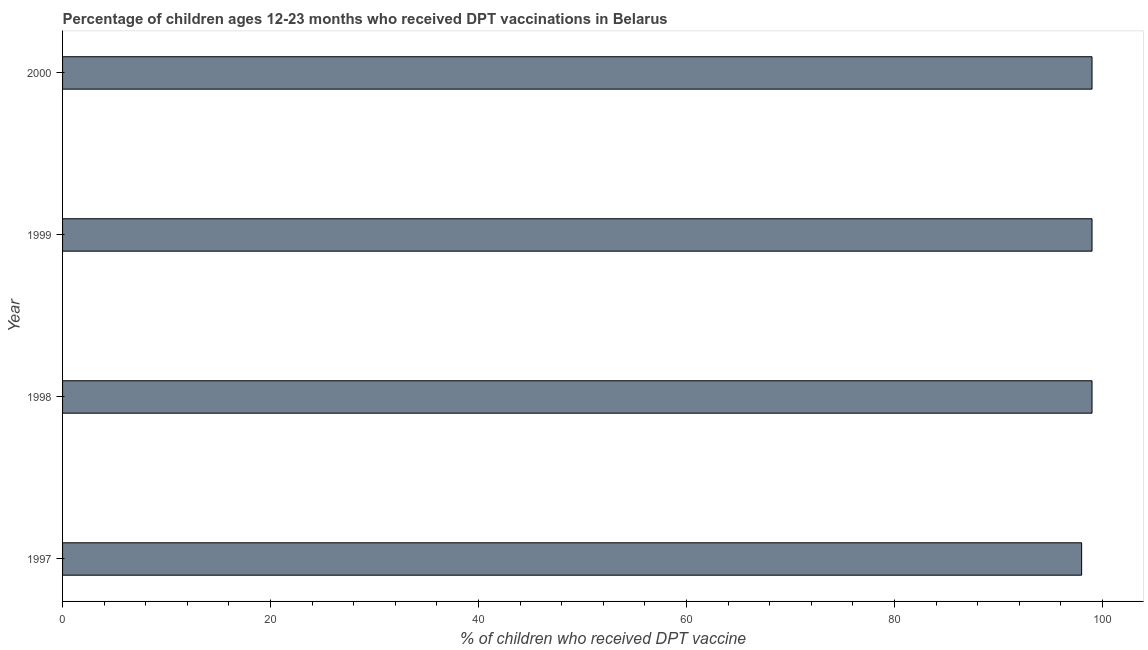
| Year | Immunization |
 | --- | --- |
 | 1997 | 98 |
 | 1998 | 99 |
 | 1999 | 99 |
 | 2000 | 99 |